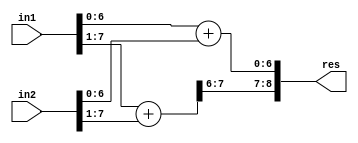
`timescale 1ns / 1ps
//////////////////////////////////////////////////////////////////////////////////
// Company: 
// Engineer: 
// 
// Create Date:   
// Design Name: 
// Module Name:    GeAr_N8_R1_P6
// Project Name: 
// Target Devices: 
// Tool versions: 
// Description: 
//
// Dependencies: 
//
// Revision: 
// Revision 0.01 - File Created
// Additional Comments: 
//
//////////////////////////////////////////////////////////////////////////////////
module GeAr_N8_R1_P6(
    input [7:0] in1,
    input [7:0] in2,
    output [8:0] res
    );

wire [7:0] temp1,temp2;

assign temp1[7:0] = in1[6:0] + in2[6:0];
assign temp2[7:0] = in1[7:1] + in2[7:1];

assign res[8:0] = {temp2[7:6],temp1[6:0]};

endmodule